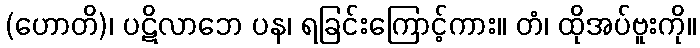
(ဟောတိ)၊ ပဋိလာဘေ ပန၊ ရခြင်းကြောင့်ကား။ တံ၊ ထိုအပ်ဗူးကို။